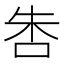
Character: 𠱒